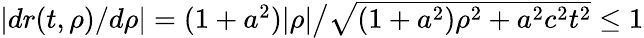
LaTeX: \textstyle|dr(t,\rho)/d\rho|=(1+a^{2})|\rho|{\big/}{\sqrt{(1+a^{2})\rho^{2}+a^{2}c^{2}t^{2}}}\leq 1